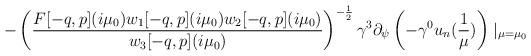
LaTeX: \begin{align*}-\left(\frac{F[-q,p](i\mu_{0})w_{1}[-q,p](i\mu_{0})w_{2}[-q,p](i\mu_{0})}{w_{3}[-q,p](i\mu_{0})}\right)^{-\frac{1}{2}}\gamma^{3}\partial_{\psi}\left(-\gamma^{0}u_{n}(\frac{1}{\mu})\right)\mid_{\mu=\mu_{0}} \end{align*}